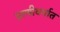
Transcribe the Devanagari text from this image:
प्राणीवर्गात